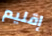
إقليم